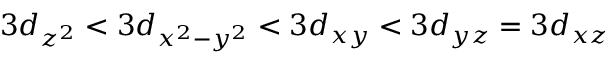
3 d _ { z ^ { 2 } } < 3 d _ { x ^ { 2 } - y ^ { 2 } } < 3 d _ { x y } < 3 d _ { y z } = 3 d _ { x z }